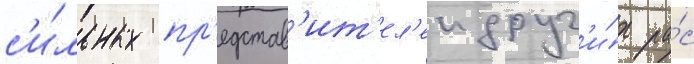
с'и́льных пр'едстав'ит'ел'еи друг'и́х ра́с